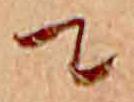
て